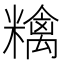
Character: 𥼝